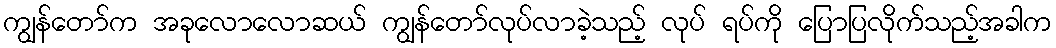
ကျွန်တော်က အခုလောလောဆယ် ကျွန်တော်လုပ်လာခဲ့သည့် လုပ် ရပ်ကို ပြောပြလိုက်သည့်အခါက